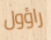
راؤول